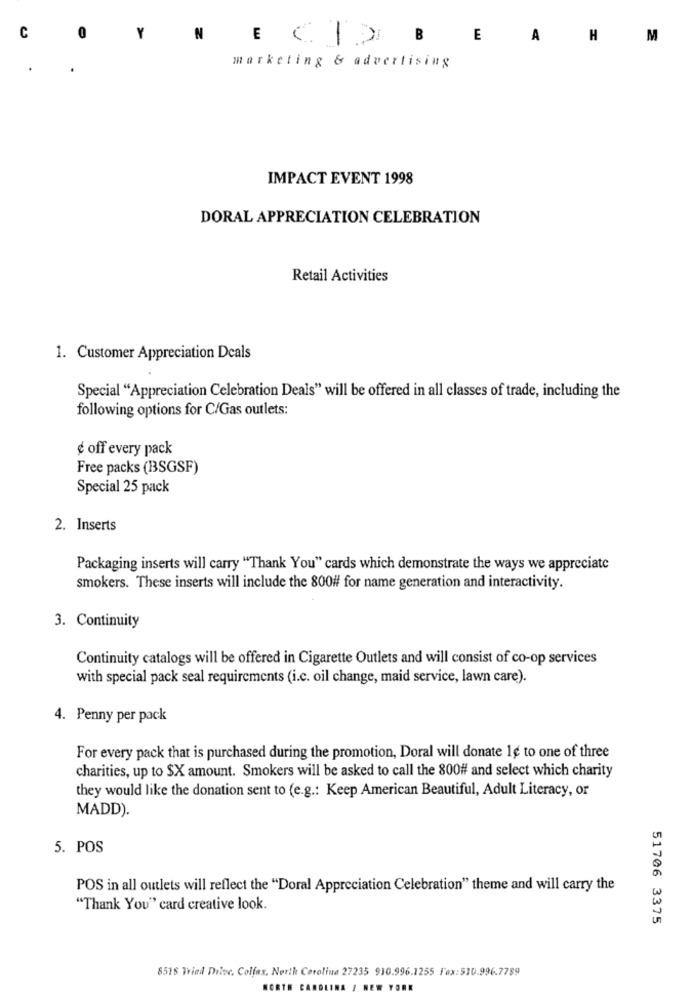
C
N
E CIDB
E
A
H
M
marketing & advertising
IMPACT EVENT 1998
DORAL APPRECIATION CELEBRATION
Retail Activities
1. Customer Appreciation Deals
Special "Appreciation Celebration Deals" will be offered in all classes of trade, including the
following options for C/Gas outlets:
¢ off every pack
Free packs (BSGSF)
Special 25 pack
2. Inserts
Packaging inserts will carry "Thank You" cards which demonstrate the ways we appreciate
smokers. These inserts will include the 800# for name generation and interactivity.
3. Continuity
Continuity catalogs will be offered in Cigarette Outlets and will consist of co-op services
with special pack seal requirements (i.c. oil change, maid service, lawn care).
4. Penny per pack
For every pack that is purchased during the promotion, Doral will donate 1¢ to one of three
charities, up to $X amount. Smokers will be asked to call the 800# and select which charity
they would like the donation sent to (e.g .: Keep American Beautiful, Adult Literacy, or
MADD).
5. POS
POS in all outlets will reflect the "Doral Appreciation Celebration" theme and will carry the
"Thank You" card creative look.
51706 3375
8515 Tried Dilec. Colfax, North Carolina 27235 910.996.1255 Fax:$10.996.7789
NORTH CAROLINA / NEW YORK